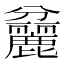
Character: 𪋨